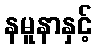
နမူနာနှင့်